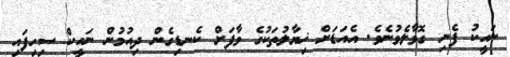
ނަހީކު ފެނި ގޮވާލެވުނެވެ. އެއަޑަށް ޚިޔާލުތަކުގެ ވާފަށް ކެނޑިގެން ދިއުމުން ނަހީކް ސިހިފައި